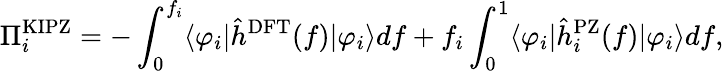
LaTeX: \Pi_{i}^{\mathrm{KIPZ}}=-\int_{0}^{f_{i}}\langle\varphi_{i}\vert\hat{h}^{\mathrm{DFT}}(f)\vert\varphi_{i}\rangle df+f_{i}\int_{0}^{1}\langle\varphi_{i}\vert\hat{h}_{i}^{\mathrm{PZ}}(f)\vert\varphi_{i}\rangle df,